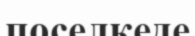
поселкеде